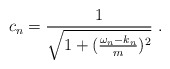
\begin{align*}c_n =\frac{1}{\sqrt{1+({\omega_n -k_n\over m})^2}}\ .\end{align*}